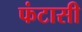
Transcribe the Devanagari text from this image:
फंटासी